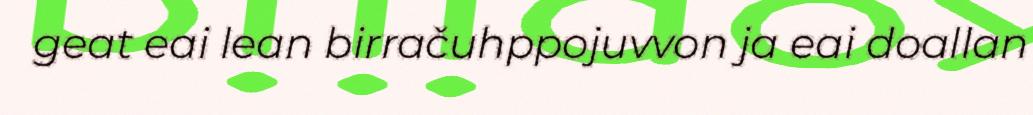
geat eai lean birračuhppojuvvon ja eai doallan